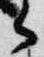
御